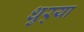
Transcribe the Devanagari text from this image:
धुर्‍या